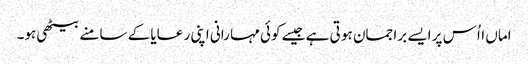
اماں ااُس پر ایسے برا جمان ہو تی ہے جیسے کوئی مہا رانی اپنی ر عایا کے سامنے بیٹھی ہو۔